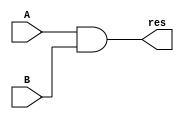
`timescale 1ns / 1ps
//////////////////////////////////////////////////////////////////////////////////
// Company: 
// Engineer: 
// 
// Design Name: 
// Module Name:    and32 
// Project Name: 
// Target Devices: 
// Tool versions: 
// Description: 
//
// Dependencies: 
//
// Revision: 
// Revision 0.01 - File Created
// Additional Comments: 
//
//////////////////////////////////////////////////////////////////////////////////
module and32(input [31:0] A,
				 input [31:0] B,
				 output [31:0] res
    );

	assign res = A&B;

endmodule